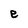
Character: e